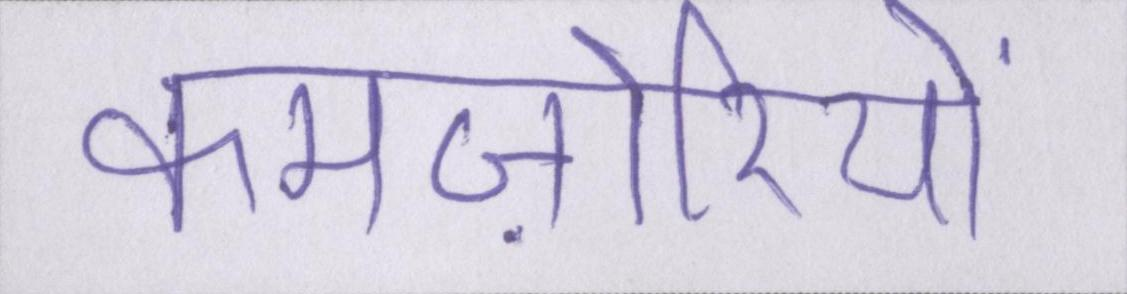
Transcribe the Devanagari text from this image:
कमज़ोरियों